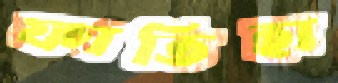
ফাতিহা